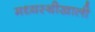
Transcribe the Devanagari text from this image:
मध्यस्थीखाली